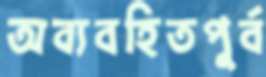
অব্যবহিতপূর্ব